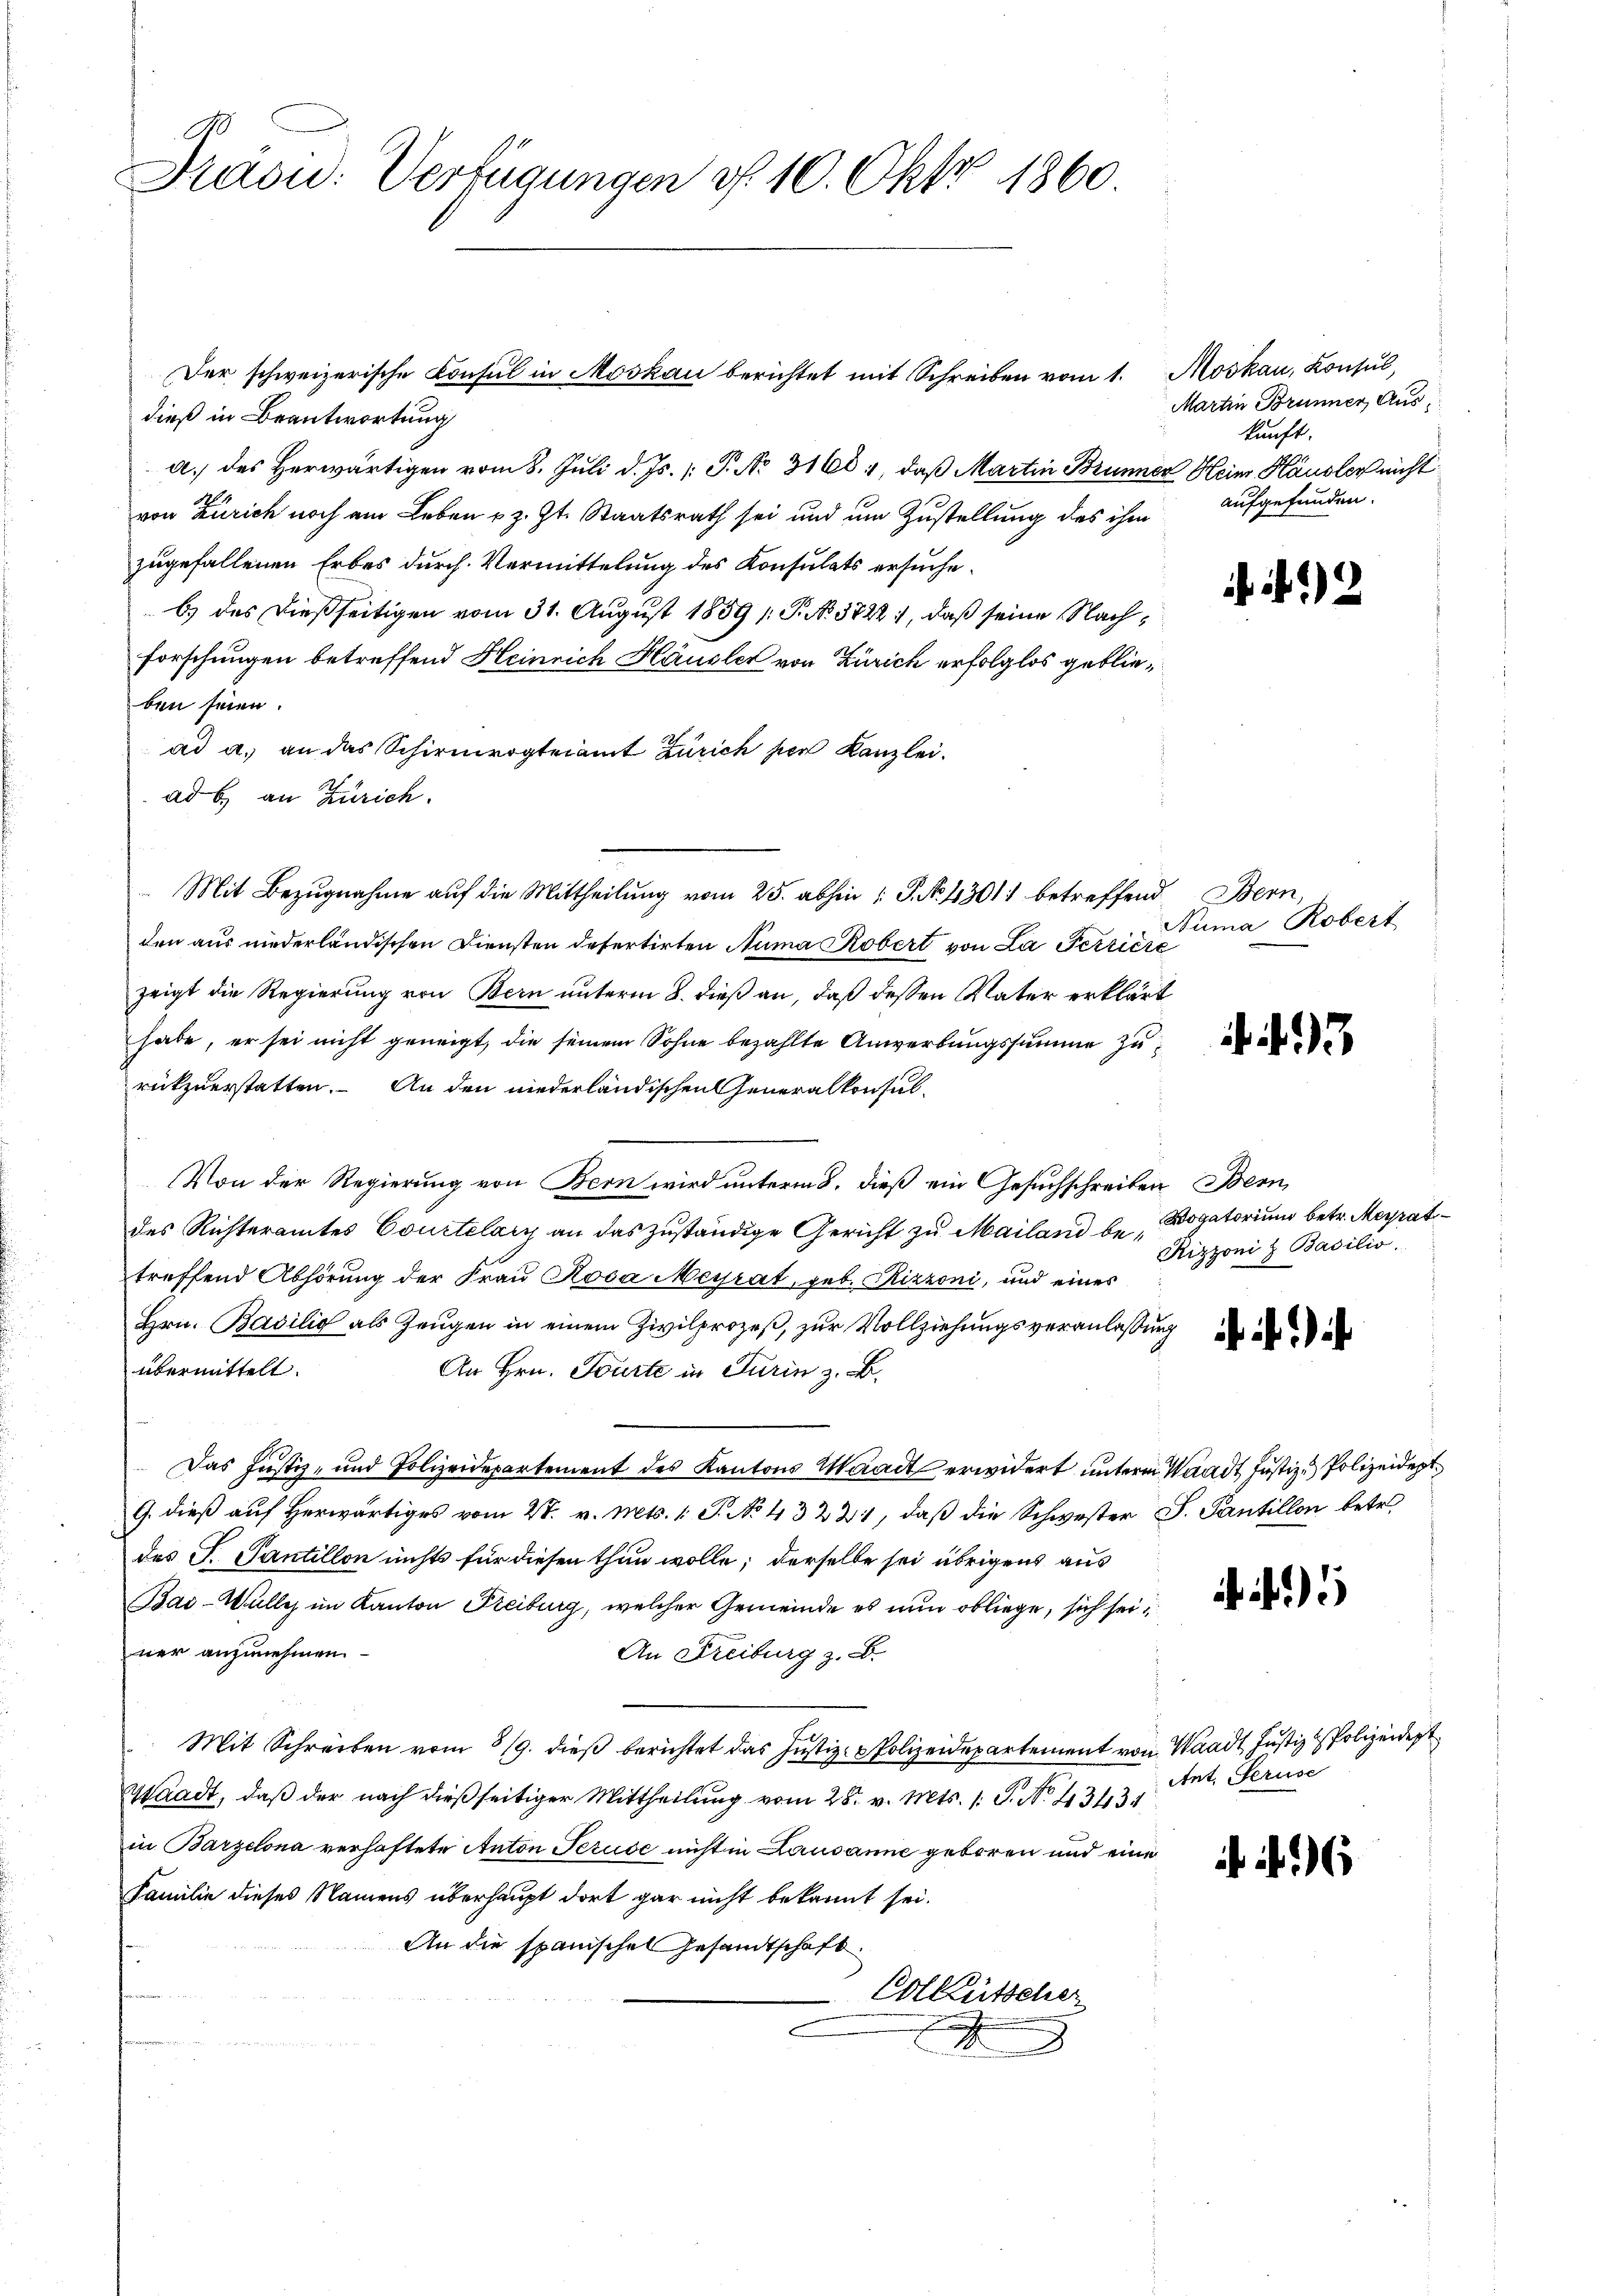
A.
Präsid. Verfügungen d. 10. Okt 1860.

dieß in Beantwortung
a.) des Herwärtigen vom 8. Juli d. Js. P. No. 3160, daß Martin Brunner Heim Hausler nicht
von Zürich noch am Leben u. z. Zt. Staatsrath sei und um Zustellung des ihm aufgefunden.
zugefallenen Erbes durch Vermittelung des Konsulats ersucheb.) des dießseitigen vom 31. August 1859 /: P. No 3722:, daß seine Nachforschungen betreffend Heinrich Häusler von Zürich erfolglos geblieben seien.
ad a. an das Schirmvogteiamt Zürich per Kanzlei.
ad b. an Zürich.
Mit Bezugnahme auf die Mittheilung vom 25. abhin 1 S. No 43011 betreffend Bern,
den aus niederländischen Diensten defertirten Numa Robert von La Pertiere
zeigt die Regierung von Bern unterm 8. dieß an, daß dessen Vater erklärt
habe, er sei nicht geneigt, die seinem Sohne bezahlte Anwerbungssumme zurükzuerstatten. An den niederländischen Generalkonsul¬
Von der Regierung von Bern wird unterm 8. dieß ein Gesuchschreiben Bern,
des Richteramtes Courtelary an das zuständige Gericht zu Mailand betreffend Abhörung der Frau Rosa Meyrat, geb. Rizzoni, und eines
Hrn. Basilić als Zeugen in einem Zivilprozeß, zur Vollziehungsveranlassung de
übermittelt.
An Hrn. Würte in Turin z. B.
Das Justiz- und Polizeidepartement des Kantons Waadt erwidert unterm Waadt Justiz- Polizeident
G. dieß auf Herwärtiges vom 27. v. Mts. 1 S. No 43221, daß die Schwester J. Pantillon betr.
des G. Santillon nichts für diesen thun wolle; derselbe sei übrigens aus
Bai-Wulles im Kanton Freiburg, welcher Gemeinde es nun obliege, sich seiner anzunehmen.
An Freiburg z. B.
Mit Schreiben vom 8/9. dieβ berichtet das Justiz- & Polizeidepartement von Waadt Justiz - Polizeidept
Waadt, daß der nach dießseitiger Mittheilung vom 26. v. Mts. 1. P. No. 43434
in Barzelona verhaftete Anton Teruse nicht in Lausanne geboren und eine
Familie dieses Namens überhaupt dort gar nicht bekannt sei.
An die spanisches Gesandtschaft.
Colkütscher
9

Der schweizerische Consul in Moskau berichtet mit Schreiben vom 1. Moskau, Konsul,

Martin Brunner Auskunft.

uma Robert

Vogatorium betr. Merat
Rizzoni & Basilio.

Ant. Geruse

2

. 43

5